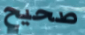
صحيح